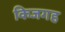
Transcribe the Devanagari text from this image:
किजगह